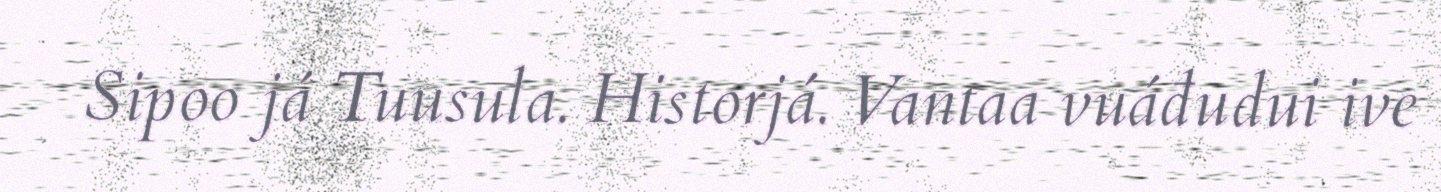
Sipoo já Tuusula. Historjá. Vantaa vuáđudui ive